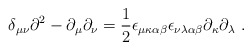
\begin{align*}\delta_{\mu \nu } \partial^{2} - \partial_{\mu } \partial_{\nu }=\frac{1}{2} \epsilon_{\mu \kappa \alpha \beta }\epsilon_{\nu \lambda \alpha \beta }\partial_{\kappa } \partial_{\lambda } \ .\end{align*}